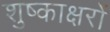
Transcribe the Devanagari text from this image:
शुष्काक्षरों